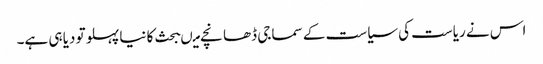
اس نے ریاست کی سیاست کے سماجی ڈھانچے میںبحث کا نیا پہلو تو دیا ہی ہے۔